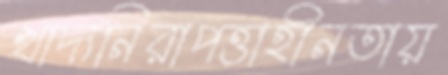
খাদ্যনিরাপত্তাহীনতায়